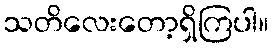
သတိလေးတော့ရှိကြပါ။